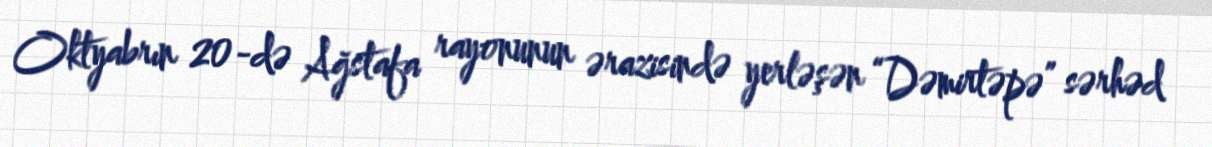
Oktyabrın 20-də Ağstafa rayonunun ərazisində yerləşən “Dəmirtəpə” sərhəd